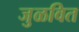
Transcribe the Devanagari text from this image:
जुळवित